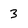
Character: 3